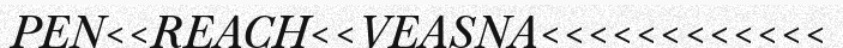
PEN<<REACH<<VEASNA<<<<<<<<<<<<